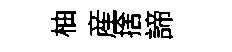
柚産捨諦